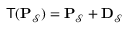
\mathsf { T } ( \mathbf { P } _ { \mathcal { S } } ) = \mathbf { P } _ { \mathcal { S } } + \mathbf { D } _ { \mathcal { S } }